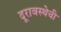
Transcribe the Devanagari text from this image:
दूरावस्थेची